Senior Leaving Certificate Examination (including Day School Certificate (Higher) General paper), 1948
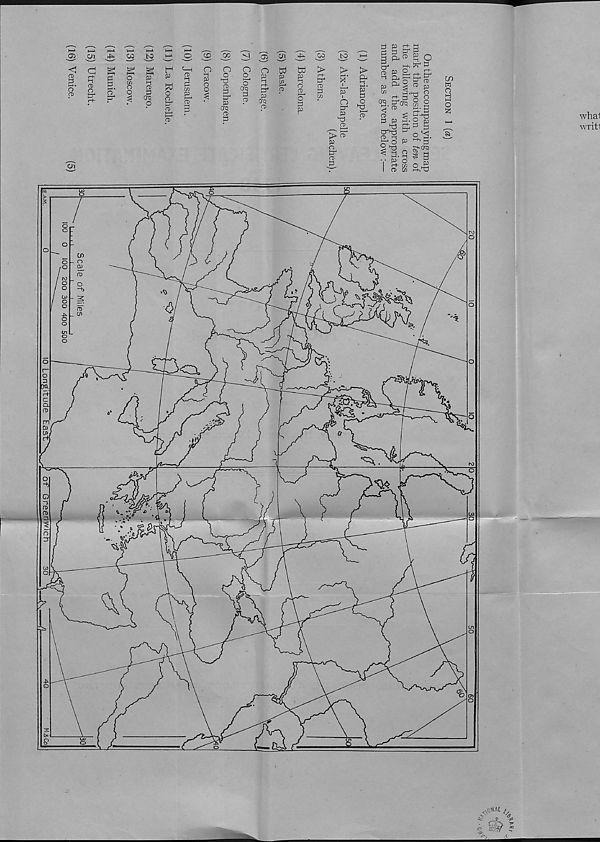
as oi
oo to
<1
ns
3
^ §
“ 0*1
CD
l- {
a
O n*. r^^
A*1
r-t-
i —* •
3 g ? 3
o
0)
a>
c«
pT p
o
SOi o
u
o
CD
Pd
g ^
crp
O
w
EL
S
fo
n>
CD
3
y
to 4
' w'
crq
P
P
ti
a>
P
Cfq
CD
P
CD
P 4
P
OP
CD
O.
V J
a>
a)
a>
^
^ io
o
P
P
w
p
p
O
P 4
P
P3
CD
P
P
&2 ^ CD
^ CD p
cn
w
o
13)
CD
C/1
J> CD"
P
O
PI
CD
P
H
O
1-^l§ CD
<
P p 2. o p
_P3
p
a^d
^
CD 1-i
tL p-
> - 4 o P
P
o
o
2
so
wha1
writl
ir 4 o p '• P
^ hP
’d+. rrn
^Ug § P
Y P O
5
r-h M
CD CO k-kaD
O,- O -
- r>
“b
lo _
(5
_ co
CX
n
Ql
31
^ML (,